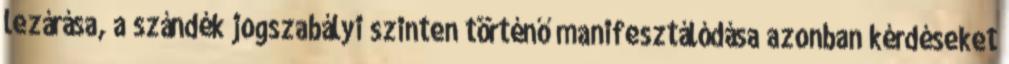
lezárása, a szándék jogszabályi szinten történő manifesztálódása azonban kérdéseket